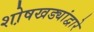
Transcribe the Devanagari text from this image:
शो़षखड्यांद्वारे